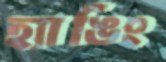
হ্যাঙিং